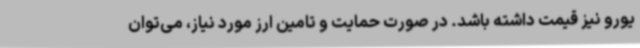
یورو نیز قیمت داشته باشد. در صورت حمایت و تامین ارز مورد نیاز، می‌توان